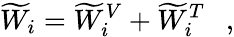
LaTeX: \widetilde{W}_{i}=\widetilde{W}_{i}^{V}+\widetilde{W}_{i}^{T}~~~,